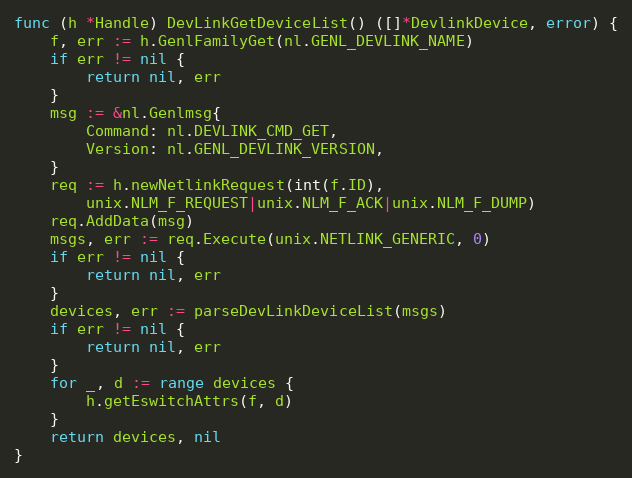
Language: Go
func (h *Handle) DevLinkGetDeviceList() ([]*DevlinkDevice, error) {
	f, err := h.GenlFamilyGet(nl.GENL_DEVLINK_NAME)
	if err != nil {
		return nil, err
	}
	msg := &nl.Genlmsg{
		Command: nl.DEVLINK_CMD_GET,
		Version: nl.GENL_DEVLINK_VERSION,
	}
	req := h.newNetlinkRequest(int(f.ID),
		unix.NLM_F_REQUEST|unix.NLM_F_ACK|unix.NLM_F_DUMP)
	req.AddData(msg)
	msgs, err := req.Execute(unix.NETLINK_GENERIC, 0)
	if err != nil {
		return nil, err
	}
	devices, err := parseDevLinkDeviceList(msgs)
	if err != nil {
		return nil, err
	}
	for _, d := range devices {
		h.getEswitchAttrs(f, d)
	}
	return devices, nil
}